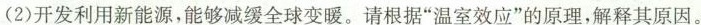
(2)开发利用新能源，能够减缓全球变暖。请根据”温室效应”的原理，解释其原因。